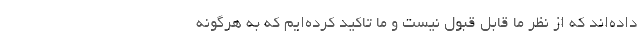
داده‌اند که از نظر ما قابل قبول نیست و ما تاکید کرده‌ایم که به هرگونه